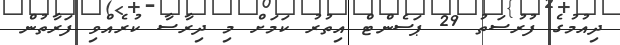
ދިއުމުގެ ފުރުސަތު 29 ޕަސެންޓް އިތުރު ކަމަށް މި ދިރާސާ ކުރެއްވި ފަރާތުން